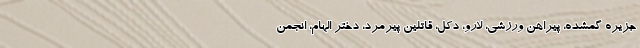
جزیره گمشده، پیراهن ورزشی، لارو، دکل، قاتلین پیرمرد، دختر الهام، انجمن